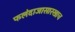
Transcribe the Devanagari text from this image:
फलंदाजासारखाच